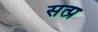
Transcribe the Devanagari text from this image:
सत्प्र